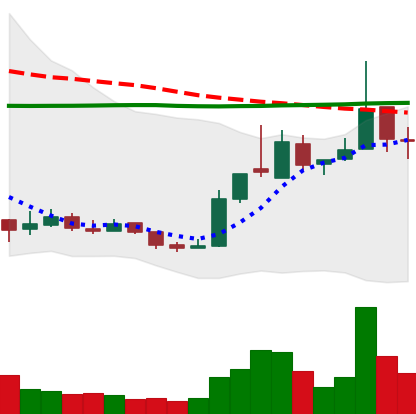
Ticker: XRP-USD
Chart end date: 2018-12-26
Forward return: -6.862%
Label: down_5_7